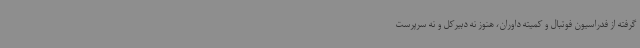
گرفته از فدراسیون فوتبال و کمیته داوران، هنوز نه دبیرکل و نه سرپرست